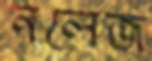
নলেজ